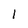
Character: 1